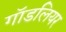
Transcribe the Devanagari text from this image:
गॉडलियर